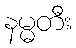
နမ္မတီး